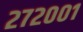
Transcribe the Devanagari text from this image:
२७२००१